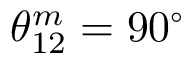
\theta _ { 1 2 } ^ { m } = 9 0 ^ { \circ }